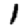
Digit: 1